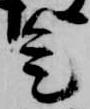
是